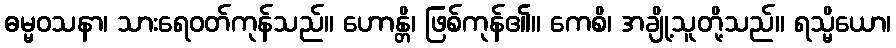
ဓမ္မဝသနာ၊ သားရေဝတ်ကုန်သည်။ ဟောန္တိ၊ ဖြစ်ကုန်၏။ ကေစိ၊ အချို့သူတို့သည်။ ရသ္မိယော၊